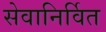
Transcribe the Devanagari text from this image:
सेवानिर्वित